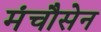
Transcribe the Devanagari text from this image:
मंचौसेन